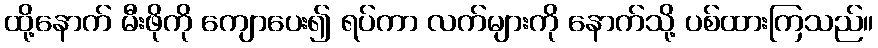
ထို့နောက် မီးဖိုကို ကျောပေး၍ ရပ်ကာ လက်များကို နောက်သို့ ပစ်ထားကြသည်။